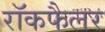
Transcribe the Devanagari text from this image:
रॉकफैलर